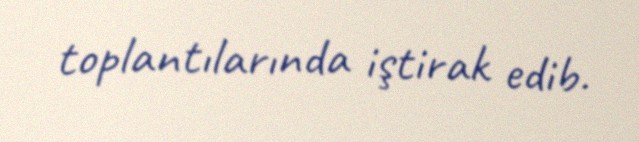
toplantılarında iştirak edib.